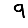
Digit: 9